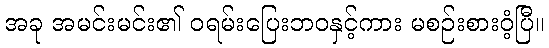
အခု အမင်းမင်း၏ ဝရမ်းပြေးဘဝနှင့်ကား မစဉ်းစားဝံ့ပြီ။